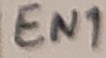
Text: EN1